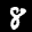
Label: 8